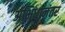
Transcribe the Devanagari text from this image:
अभिधानंतर